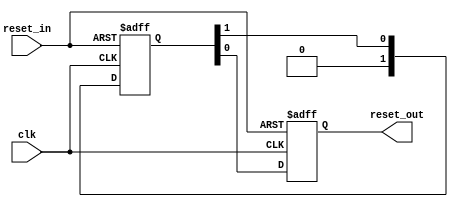
module altera_reset_synchronizer
#(
    parameter ASYNC_RESET = 1,
    parameter DEPTH       = 2
)
(
    input   reset_in /* synthesis ALTERA_ATTRIBUTE = "SUPPRESS_DA_RULE_INTERNAL=R101" */,

    input   clk,
    output  reset_out
);

    // -----------------------------------------------
    // Synchronizer register chain. We cannot reuse the
    // standard synchronizer in this implementation 
    // because our timing constraints are different.
    //
    // Instead of cutting the timing path to the d-input 
    // on the first flop we need to cut the aclr input.
    // 
    // We omit the "preserve" attribute on the final
    // output register, so that the synthesis tool can
    // duplicate it where needed.
    // -----------------------------------------------
    (*preserve*) reg [DEPTH-1:0] altera_reset_synchronizer_int_chain;
    reg altera_reset_synchronizer_int_chain_out;

    generate if (ASYNC_RESET) begin

        // -----------------------------------------------
        // Assert asynchronously, deassert synchronously.
        // -----------------------------------------------
        always @(posedge clk or posedge reset_in) begin
            if (reset_in) begin
                altera_reset_synchronizer_int_chain <= {DEPTH{1'b1}};
                altera_reset_synchronizer_int_chain_out <= 1'b1;
            end
            else begin
                altera_reset_synchronizer_int_chain[DEPTH-2:0] <= altera_reset_synchronizer_int_chain[DEPTH-1:1];
                altera_reset_synchronizer_int_chain[DEPTH-1] <= 0;
                altera_reset_synchronizer_int_chain_out <= altera_reset_synchronizer_int_chain[0];
            end
        end

        assign reset_out = altera_reset_synchronizer_int_chain_out;
     
    end else begin

        // -----------------------------------------------
        // Assert synchronously, deassert synchronously.
        // -----------------------------------------------
        always @(posedge clk) begin
            altera_reset_synchronizer_int_chain[DEPTH-2:0] <= altera_reset_synchronizer_int_chain[DEPTH-1:1];
            altera_reset_synchronizer_int_chain[DEPTH-1] <= reset_in;
            altera_reset_synchronizer_int_chain_out <= altera_reset_synchronizer_int_chain[0];
        end

        assign reset_out = altera_reset_synchronizer_int_chain_out;
 
    end
    endgenerate

endmodule